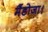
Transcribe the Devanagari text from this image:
मैंडोजा।